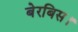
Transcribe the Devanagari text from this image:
बेरबिस।